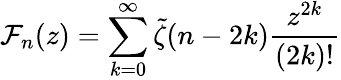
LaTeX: \mathcal{F}_{n}(z)=\sum_{k=0}^{\infty}\tilde{{\zeta}}(n-2k)\frac{{z^{2k}}}{{(2k)!}}